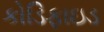
કોડિફાઇડ